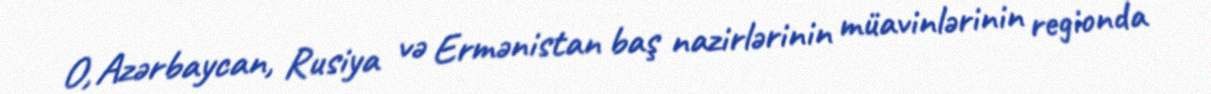
O, Azərbaycan, Rusiya və Ermənistan baş nazirlərinin müavinlərinin regionda